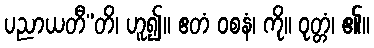
ပညာယတီ”တိ၊ ဟူ၍။ ဧတံ ဝစနံ၊ ကို။ ဝုတ္တံ၊ ၏။